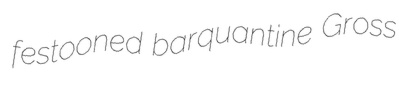
festooned barquantine Gross